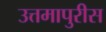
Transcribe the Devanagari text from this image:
उत्तमापुरीस